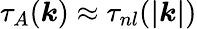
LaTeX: \tau_{A}(\boldsymbol{k})\approx\tau_{nl}(\boldsymbol{|k|})